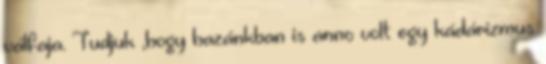
válfaja. Tudjuk ,hogy hazánkban is anno volt egy kádárizmus